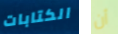
الكتابات أن